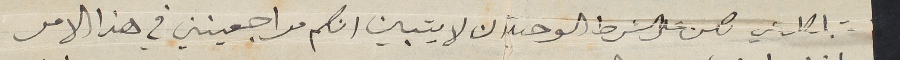
لكن على الشرط الوحيد ان لا يتبين انكم مراجعينني في هذا الامر